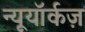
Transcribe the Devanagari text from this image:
न्यूयॉर्कज़